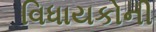
વિધાયકોની